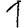
Digit: 1